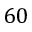
6 0